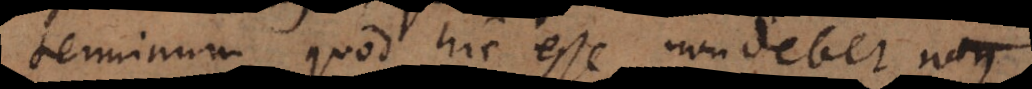
terminum, quod hic esse non debet. N